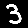
Digit: 3